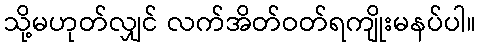
သို့မဟုတ်လျှင် လက်အိတ်ဝတ်ရကျိုးမနပ်ပါ။